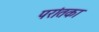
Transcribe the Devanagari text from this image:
परांतका